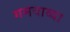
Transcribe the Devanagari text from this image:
गमवाव्या